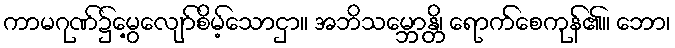
ကာမဂုဏ်၌မွေ့လျော်စိမ့်သောငှာ။ အဘိသမ္ဘောန္တိ၊ ရောက်စေကုန်၏။ ဘော၊